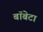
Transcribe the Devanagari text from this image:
बॉबेटा